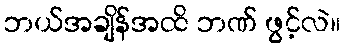
ဘယ်အချိန်အထိ ဘဏ် ဖွင့်လဲ။